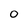
Character: O